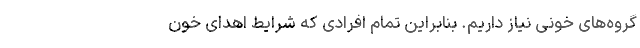
گروه‌های خونی نیاز داریم. بنابراین تمام افرادی که شرایط اهدای خون